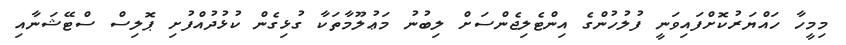
މިމީހާ ހައްޔަރުކޮށްފައިވަނީ ފުލުހުންގެ އިންޓެލިޖެންސަށް ލިބުނު މަޢުލޫމާތަކާ ގުޅިގެން ކުޅުދުއްފުށި ޕޮލިސް ސްޓޭޝަނާއި